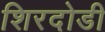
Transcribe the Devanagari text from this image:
शिरदोडी